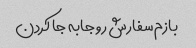
بازم سفارش رو جابه جا کردن